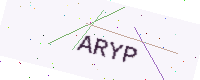
Text: ARYP